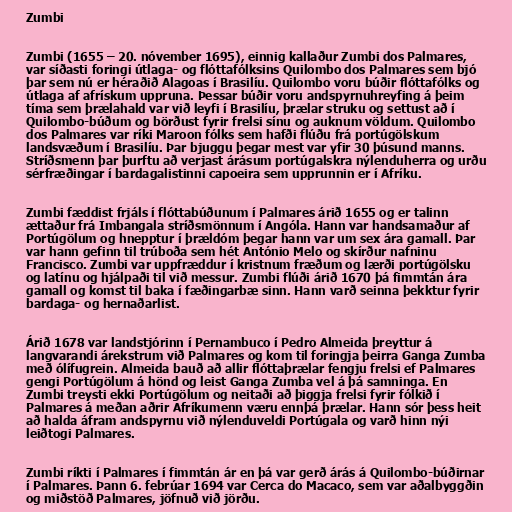
Zumbi

Zumbi (1655 – 20. nóvember 1695), einnig kallaður Zumbi dos Palmares,
var síðasti foringi útlaga- og flóttafólksins Quilombo dos Palmares sem bjó
þar sem nú er héraðið Alagoas í Brasilíu. Quilombo voru búðir flóttafólks og
útlaga af afrískum uppruna. Þessar búðir voru andspyrnuhreyfing á þeim
tíma sem þrælahald var við leyfi í Brasilíu, þrælar struku og settust að í
Quilombo-búðum og börðust fyrir frelsi sínu og auknum völdum. Quilombo
dos Palmares var ríki Maroon fólks sem hafði flúðu frá portúgölskum
landsvæðum í Brasilíu. Þar bjuggu þegar mest var yfir 30 þúsund manns.
Stríðsmenn þar þurftu að verjast árásum portúgalskra nýlenduherra og urðu
sérfræðingar í bardagalistinni capoeira sem upprunnin er í Afríku.

Zumbi fæddist frjáls í flóttabúðunum í Palmares árið 1655 og er talinn
ættaður frá Imbangala stríðsmönnum í Angóla. Hann var handsamaður af
Portúgölum og hnepptur í þrældóm þegar hann var um sex ára gamall. Þar
var hann gefinn til trúboða sem hét António Melo og skírður nafninu
Francisco. Zumbi var uppfræddur í kristnum fræðum og lærði portúgölsku
og latínu og hjálpaði til við messur. Zumbi flúði árið 1670 þá fimmtán ára
gamall og komst til baka í fæðingarbæ sinn. Hann varð seinna þekktur fyrir
bardaga- og hernaðarlist.

Árið 1678 var landstjórinn í Pernambuco í Pedro Almeida þreyttur á
langvarandi árekstrum við Palmares og kom til foringja þeirra Ganga Zumba
með ólífugrein. Almeida bauð að allir flóttaþrælar fengju frelsi ef Palmares
gengi Portúgölum á hönd og leist Ganga Zumba vel á þá samninga. En
Zumbi treysti ekki Portúgölum og neitaði að þiggja frelsi fyrir fólkið í
Palmares á meðan aðrir Afríkumenn væru ennþá þrælar. Hann sór þess heit
að halda áfram andspyrnu við nýlenduveldi Portúgala og varð hinn nýi
leiðtogi Palmares.

Zumbi ríkti í Palmares í fimmtán ár en þá var gerð árás á Quilombo-búðirnar
í Palmares. Þann 6. febrúar 1694 var Cerca do Macaco, sem var aðalbyggðin
og miðstöð Palmares, jöfnuð við jörðu.